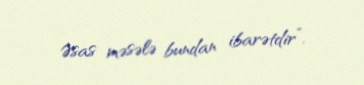
Əsas məsələ bundan ibarətdir”.